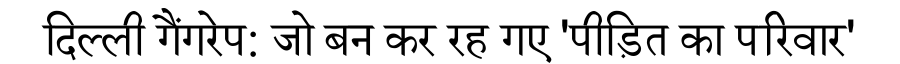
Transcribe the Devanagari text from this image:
दिल्ली गैंगरेप: जो बन कर रह गए 'पीड़ित का परिवार'